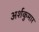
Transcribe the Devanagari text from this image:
अर्शकुमार